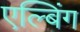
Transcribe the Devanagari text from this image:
एल्बिंग